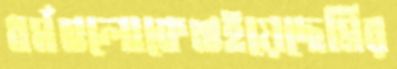
ধর্মগুলোকেশুইয়েছেমির